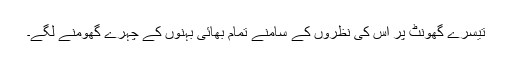
تیسرے گھونٹ پر اس کی نظروں کے سامنے تمام بھائی بہنوں کے چہرے گھومنے لگے۔